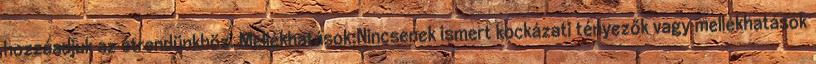
hozzáadjuk az étrendünkhöz. Mellékhatások:Nincsenek ismert kockázati tényezők vagy mellékhatások